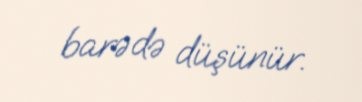
barədə düşünür.